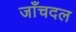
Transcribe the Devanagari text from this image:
जाँचदल